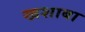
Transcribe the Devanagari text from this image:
खशाबा